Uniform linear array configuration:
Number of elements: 48
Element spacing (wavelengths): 1
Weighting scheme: hamming
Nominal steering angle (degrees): -15
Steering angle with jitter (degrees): -16.509
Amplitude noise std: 0.05
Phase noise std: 0.05

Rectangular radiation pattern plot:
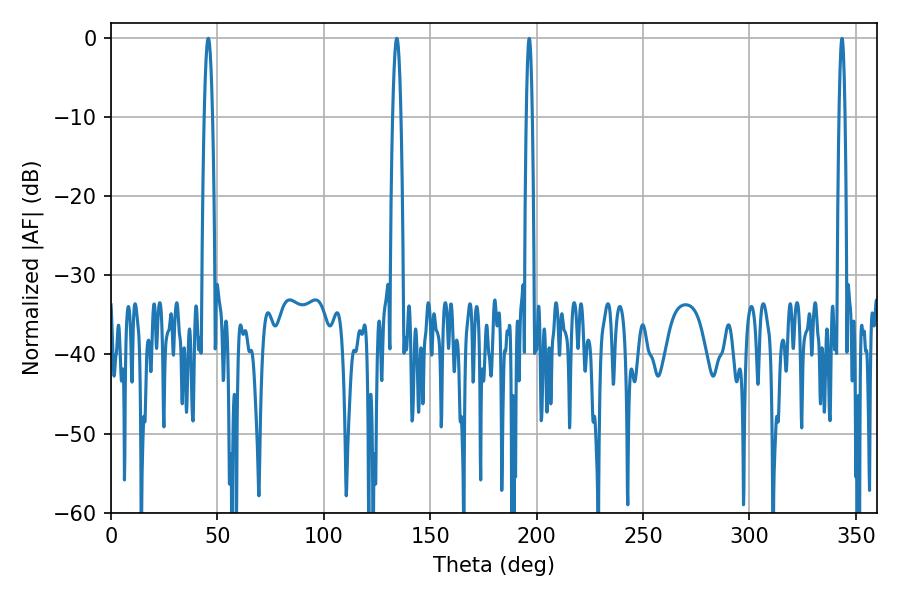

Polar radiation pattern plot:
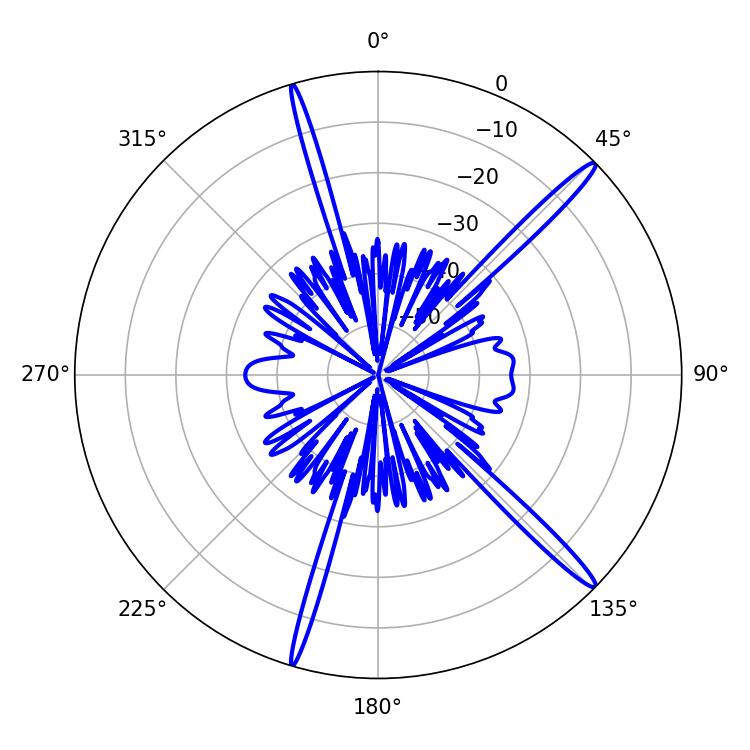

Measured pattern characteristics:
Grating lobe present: TRUE
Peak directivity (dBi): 16.792
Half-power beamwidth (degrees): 2.16
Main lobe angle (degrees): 134.28